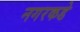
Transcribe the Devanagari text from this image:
नगरकडे